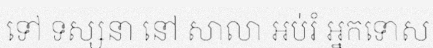
ទៅ ទស្សនា នៅ សាលា អប់រំ អ្នកទោស